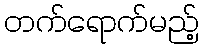
တက်ရောက်မည့်